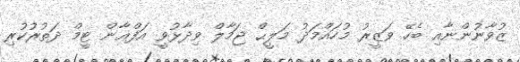
ޒުވާނުންނާއި ބެހޭ ވަޒީރު މުހައްމަދު މަލީޙް ޖަމާލް ވިދާޅުވީ އަފްޢާން ޓީމް ދަތުރުކުރި